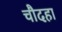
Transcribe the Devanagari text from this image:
चौदहा